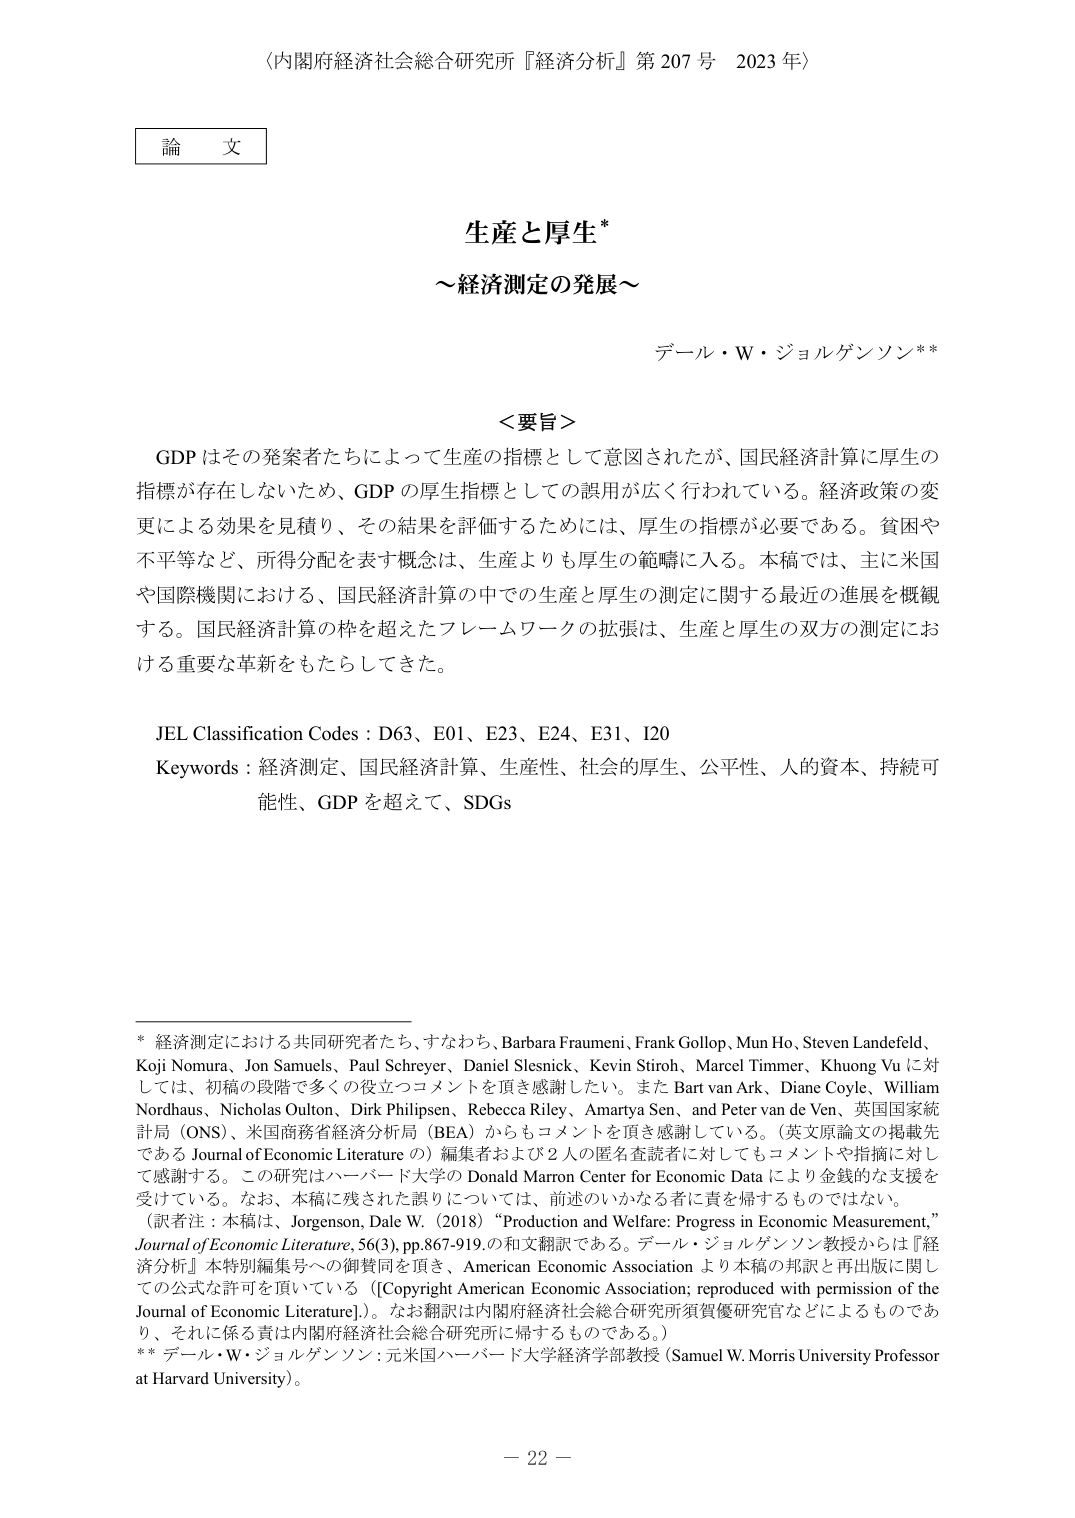
〈内閣府経済社会総合研究所『経済分析』第 207 号 2023 年〉

論 文

生産と厚生*
～経済測定の発展～

デール・W・ジョルゲンソン**

＜要旨＞
GDP はその発案者たちによって生産の指標として意図されたが、国民経済計算に厚生の
指標が存在しないため、GDP の厚生指標としての誤用が広く行われている。経済政策の変
更による効果を見積り、その結果を評価するためには、厚生の指標が必要である。貧困や
不平等など、所得分配を表す概念は、生産よりも厚生の範疇に入る。本稿では、主に米国
や国際機関における、国民経済計算の中での生産と厚生の測定に関する最近の進展を概観
する。国民経済計算の枠を超えたフレームワークの拡張は、生産と厚生の双方の測定にお
ける重要な革新をもたらしてきた。

JEL Classification Codes : D63、E01、E23、E24、E31、I20
Keywords : 経済測定、国民経済計算、生産性、社会的厚生、公平性、人的資本、持続可
能性、GDP を超えて、SDGs

* 経済測定における共同研究者たち、すなわち、Barbara Fraumeni、Frank Gollop、Mun Ho、Steven Landefeld、
Koji Nomura、Jon Samuels、Paul Schreyer、Daniel Slesnick、Kevin Stiroh、Marcel Timmer、Khuong Vu に対
しては、初稿の段階で多くの役立つコメントを頂き感謝したい。また Bart van Ark、Diane Coyle、William
Nordhaus、Nicholas Oulton、Dirk Philipsen、Rebecca Riley、Amartya Sen、and Peter van de Ven、英国国家統
計局（ONS）、米国商務省経済分析局（BEA）からもコメントを頂き感謝している。（英文原論文の掲載先
である Journal of Economic Literature の）編集者および 2 人の匿名査読者に対してもコメントや指摘に対し
て感謝する。この研究はハーバード大学の Donald Marron Center for Economic Data により金銭的な支援を
受けている。なお、本稿に残された誤りについては、前述のいかなる者に責を帰するものではない。
（訳者注：本稿は、Jorgenson, Dale W. (2018) “Production and Welfare: Progress in Economic Measurement,”
Journal of Economic Literature, 56(3), pp.867-919.の和文翻訳である。デール・ジョルゲンソン教授からは『経
済分析』本特別編集号への御賛同を頂き、American Economic Association より本稿の邦訳と再出版に関し
ての公式な許可を頂いている（[Copyright American Economic Association; reproduced with permission of the
Journal of Economic Literature].）。なお翻訳は内閣府経済社会総合研究所須賀優研究官などによるものであ
り、それに係る責は係る責は内閣府経済社会総合研究所に帰するものである。）
** デール・W・ジョルゲンソン：元米国ハーバード大学経済学部教授（Samuel W. Morris University Professor
at Harvard University）。

－ 22 －